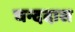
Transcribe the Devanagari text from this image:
चन्ददास